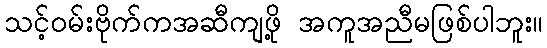
သင့်ဝမ်းဗိုက်ကအဆီကျဖို့ အကူအညီမဖြစ်ပါဘူး။